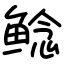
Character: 鲶